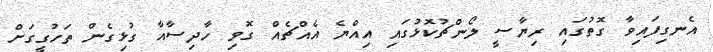
އެނގިފައިވާ ގޮތުގައި ރިޔާސީ ލޯންޗުކޮޅުގައި އިއްޔެ އެއްޗެއް ގޮވި ހާދިސާއާ ގުޅިގެން ތަހުގީގަށް